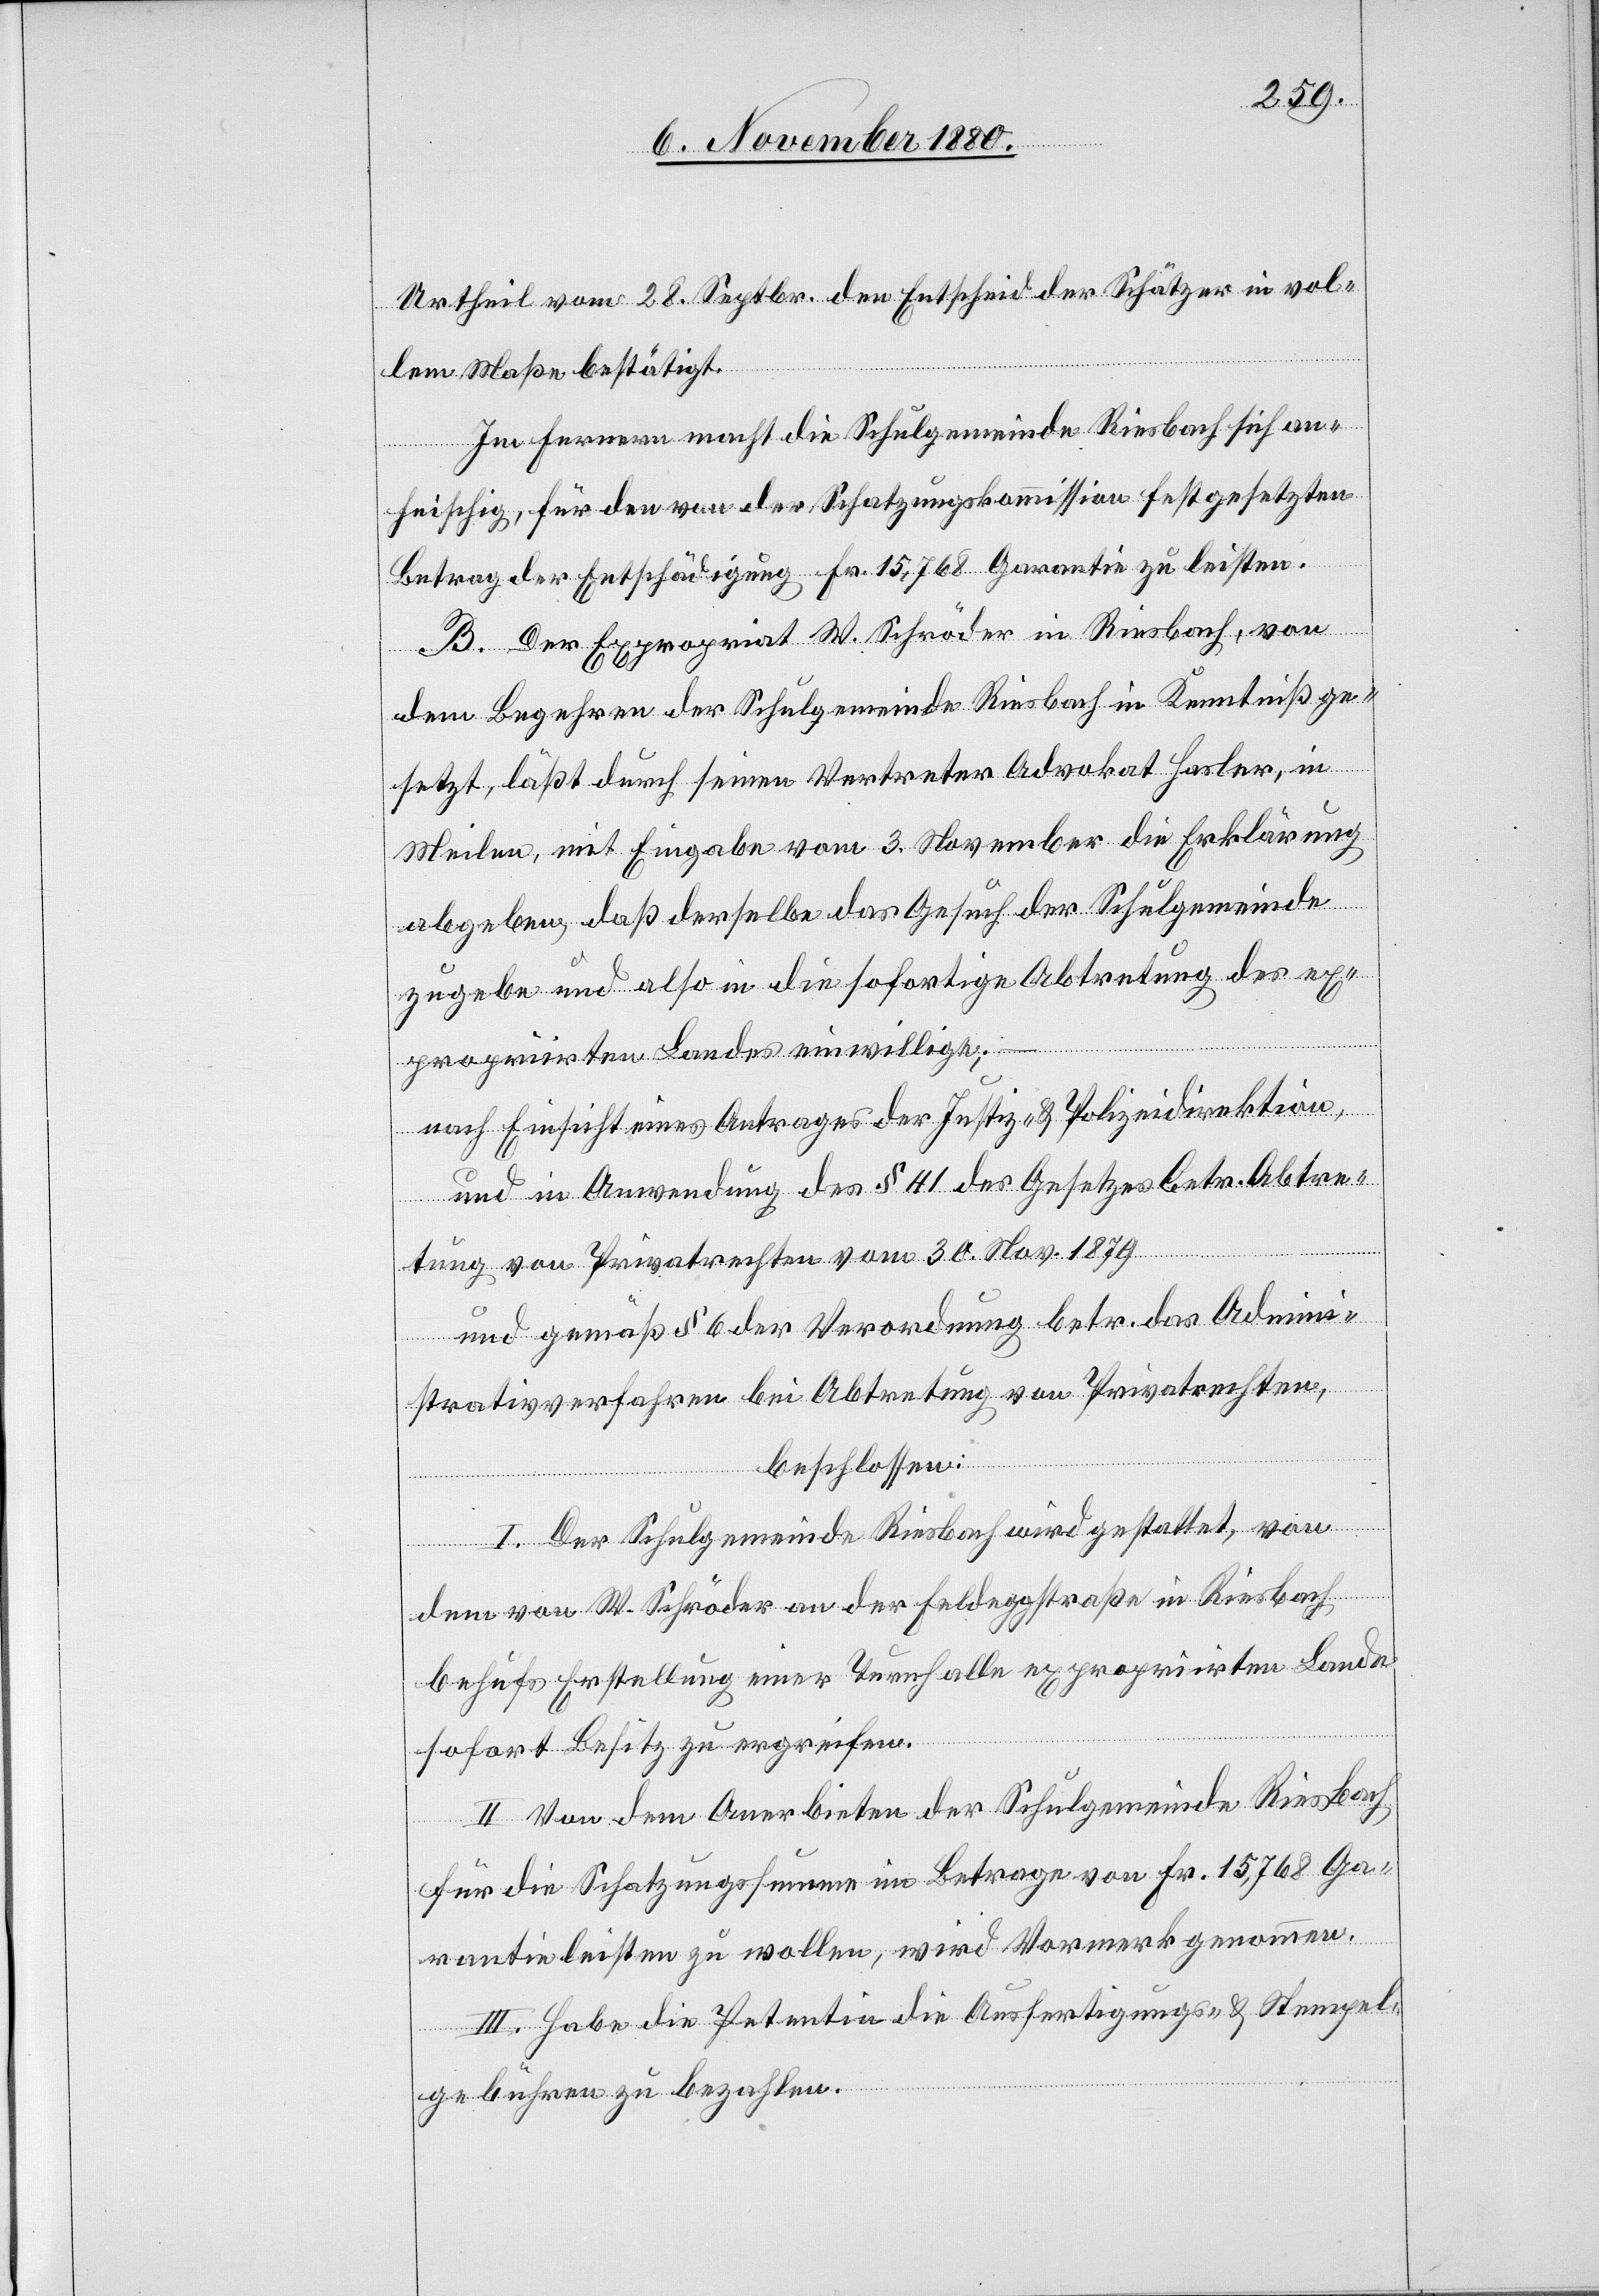
Urtheil vom 28. Septbr. den Entscheid der Schätzer in vol¬
lem Maße bestätigt.
Im Fernern macht die Schulgemeinde Riesbach sich an¬
heischig, für den von der Schatzungskommission festgesetzten
Betrag der Entschädigung Fr. 15,768 Garantie zu leisten.
B. Der Expropriat W. Schröder in Riesbach, von
dem Begehren der Schulgemeinde Riesbach in Kenntniß ge¬
setzt, läßt durch seinen Vertreter Advokat Hasler, in
Meilen, mit Eingabe vom 3. November die Erklärung
abgeben, daß derselbe das Gesuch der Schulgemeinde
zugebe und also in die sofortige Abtretung des ex¬
propriirten Landes einwillige; –
nach Einsicht eines Antrages der Justiz- & Polizeidirektion,
und in Anwendung des § 41 des Gesetzes betr. Abtre¬
tung von Privatrechten vom 30. Nov. 1879
und gemäß § 6 der Verordnung betr. das Admini¬
strativverfahren bei Abtretung von Privatrechten,
beschlossen:
I. Der Schulgemeinde Riesbach wird gestattet, von
dem von W. Schröder an der Feldeggstraße in Riesbach
behufs Erstellung einer Turnhalle expropriirten Lande
sofort Besitz zu ergreifen.
II. Von dem Anerbieten der Schulgemeinde Riesbach
für die Schatzungssumme im Betrage von Fr. 15,768 Ga¬
rantie leisten zu wollen, wird Vormerk genommen.
III. Habe die Petentin die Ausfertigungs- & Stempel¬
gebühren zu bezahlen.